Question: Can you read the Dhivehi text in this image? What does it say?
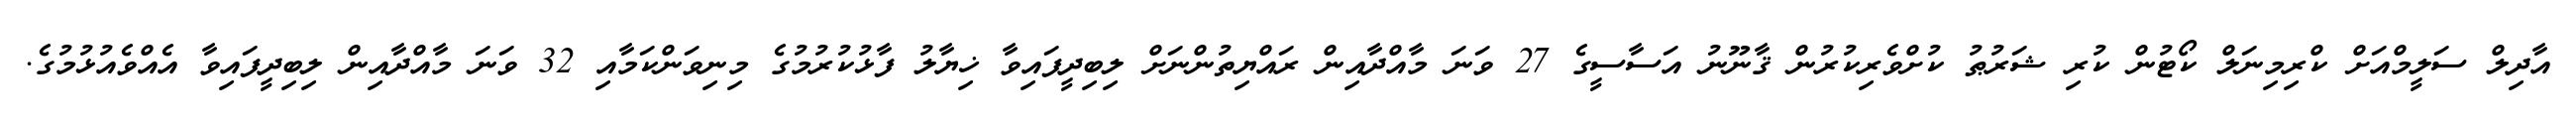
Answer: އާދިލް ސަލީމްއަށް ކްރިމިނަލް ކޯޓުން ކުރި ޝަރުޠު ކުށްވެރިކުރުން ޤާނޫނު އަސާސީގެ 27 ވަނަ މާއްދާއިން ރައްޔިތުންނަށް ލިބިދީފައިވާ ޚިޔާލު ފާޅުކުރުމުގެ މިނިވަންކަމާއި 32 ވަނަ މާއްދާއިން ލިބިދީފައިވާ އެއްވެއުޅުމުގެ.